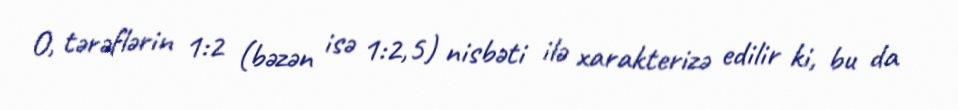
O, tərəflərin 1:2 (bəzən isə 1:2,5) nisbəti ilə xarakterizə edilir ki, bu da